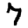
Digit: 7